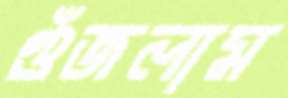
গুঁজলাম